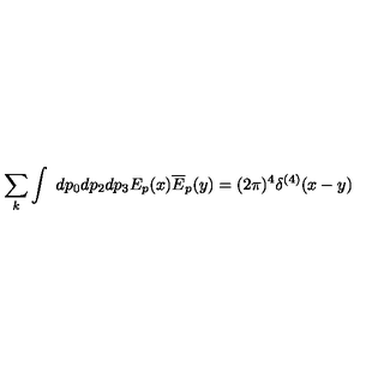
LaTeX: \sum _ { k } \int \ d p _ { 0 } d p _ { 2 } d p _ { 3 } E _ { p } ( x ) \overline { { E } } _ { p } ( y ) = ( 2 \pi ) ^ { 4 } \delta ^ { ( 4 ) } ( x - y )